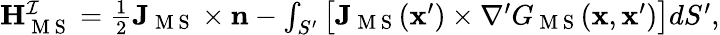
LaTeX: \begin{array}{r}{\mathbf{H}_{\mathrm{~M~S~}}^{\mathcal{I}}=\frac{1}{2}\mathbf{J}_{\mathrm{~M~S~}}\times\mathbf{n}-\int_{S^{\prime}}\big[\mathbf{J}_{\mathrm{~M~S~}}(\mathbf{x}^{\prime})\times\nabla^{\prime}G_{\mathrm{~M~S~}}(\mathbf{x},\mathbf{x}^{\prime})\big]dS^{\prime},}\end{array}